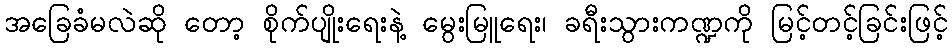
အခြေခံမလဲဆို တော့ စိုက်ပျိုးရေးနဲ့ မွေးမြူရေး၊ ခရီးသွားကဏ္ဍကို မြင့်တင့်ခြင်းဖြင့်